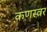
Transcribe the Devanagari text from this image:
कणस्वर